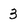
Character: 3